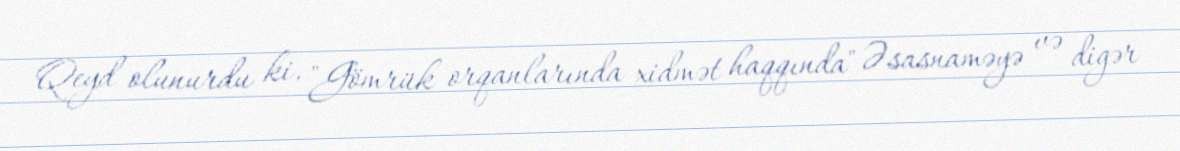
Qeyd olunurdu ki, "Gömrük orqanlarında xidmət haqqında" Əsasnaməyə və digər